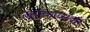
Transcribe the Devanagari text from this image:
तर्ताकोव्सकी